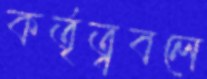
কর্তৃত্ববলে